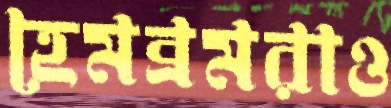
হেমব্রমরাও